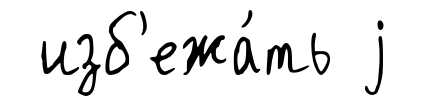
изб'ежа́ть j